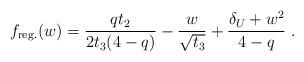
LaTeX: \begin{align*}f_{\mathrm{reg.}}(w)=\frac{qt_2}{2t_3(4-q)}-\frac{w}{\sqrt{t_3}}+\frac{\delta_U+w^2}{4-q}\ .\end{align*}